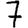
Digit: 7